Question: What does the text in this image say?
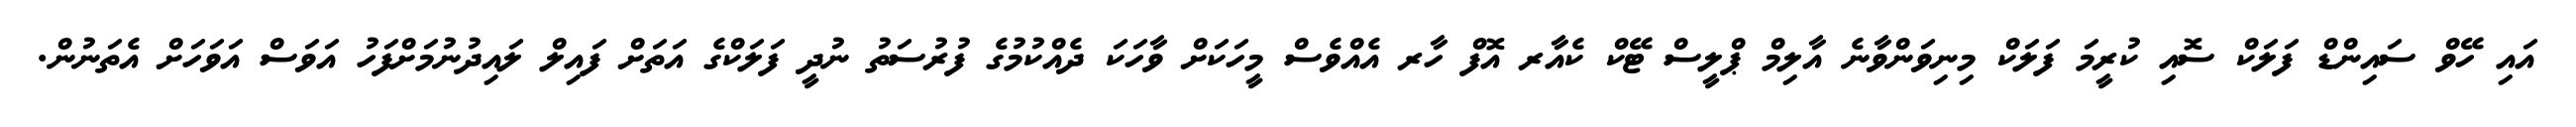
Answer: އައި ހޭވް ސައިންޑް ފަލަކް ސޮއި ކުރީމަ ފަލަކް މިނިވަންވާނެ އާލިމް ޕްލީސް ޓޭކް ކެއާރ އޮފް ހާރ އެއްވެސް މީހަކަށް ވާހަކަ ދެއްކުމުގެ ފުރުސަތު ނުދީ ފަލަކްގެ އަތަށް ފައިލް ލައިދުނުމަށްފަހު އަވަސް އަވަހަށް އެތަނުން.